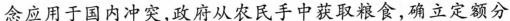
念应用于国内冲突，政府从农民手中获取粮食，确立定额分